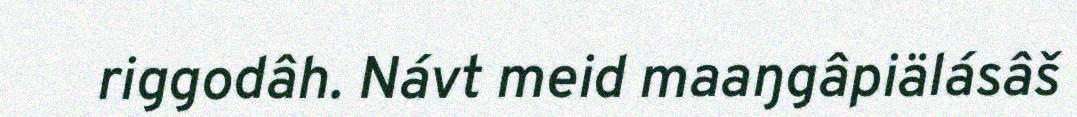
riggodâh. Návt meid maaŋgâpiälásâš